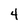
Character: 4